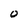
Character: O